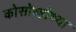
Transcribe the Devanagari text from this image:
कोसोव्होच्या